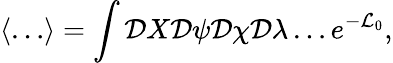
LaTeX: \left\langle\ldots\right\rangle=\int{\cal D}X{\cal D}\psi{\cal D}\chi{\cal D}\lambda\ldots e^{-{\cal L}_{0}},